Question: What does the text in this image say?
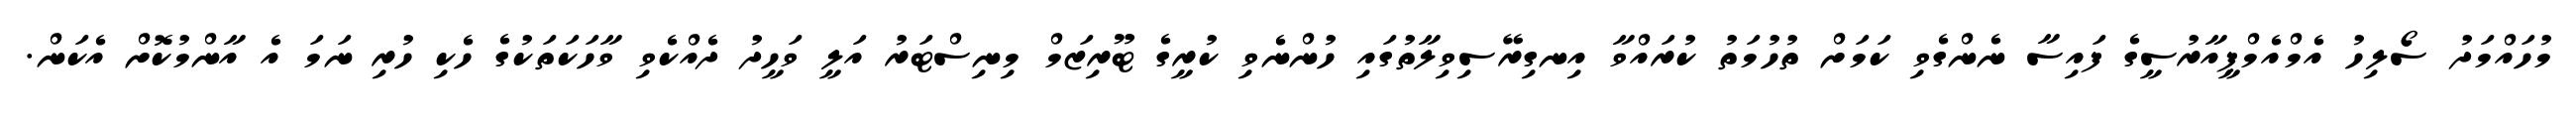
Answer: މުހައްމަދު ސޯލިހު އެމްއެމްޕީއާރުސީގެ ފައިސާ ނެންގެވި ކަމަށް ތުހުމަތު ކުރައްވާ އިނގިރޭސިވިލާތުގައި ހުންނެވި ކުރީގެ ޓޫރިޒަމް މިނިސްޓަރު އަލީ ވަހީދު ދެއްކެވި ވާހަކަތަކުގެ ހެކި ހުރި ނަމަ އެ އާންމުކޮށް އެކަން.